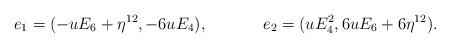
LaTeX: \begin{align*} e_1 &= (-uE_6+\eta^{12},-6uE_4), & e_2 &= (uE_4^2,6uE_6+6\eta^{12}).\end{align*}